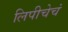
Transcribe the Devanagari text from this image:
लिपीचेचं